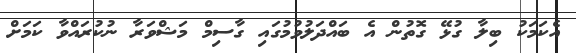
އެކަމަކު ބިލާ ގުޅޭ ގޮތުން އެ ބައްދަލުވުމުގައި ގާސިމް މަޝްވަރާ ނުކުރައްވާ ކަމަށް